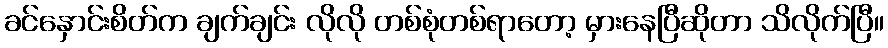
ခင်နှောင်းစိတ်က ချက်ချင်း လိုလို တစ်စုံတစ်ရာတော့ မှားနေပြီဆိုတာ သိလိုက်ပြီ။